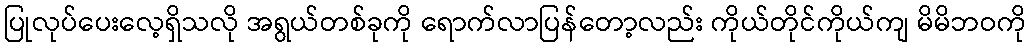
ပြုလုပ်ပေးလေ့ရှိသလို အရွယ်တစ်ခုကို ရောက်လာပြန်တော့လည်း ကိုယ်တိုင်ကိုယ်ကျ မိမိဘဝကို